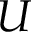
U